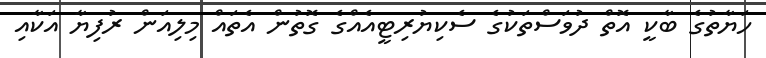
ހަޔާތުގެ ބާކީ އޮތް ދުވަސްތަކުގެ ސެކިޔުރިޓީއެއްގެ ގޮތުން އެތައް މިލިއަން ރުފިޔާ އަކާއި